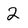
Character: 2